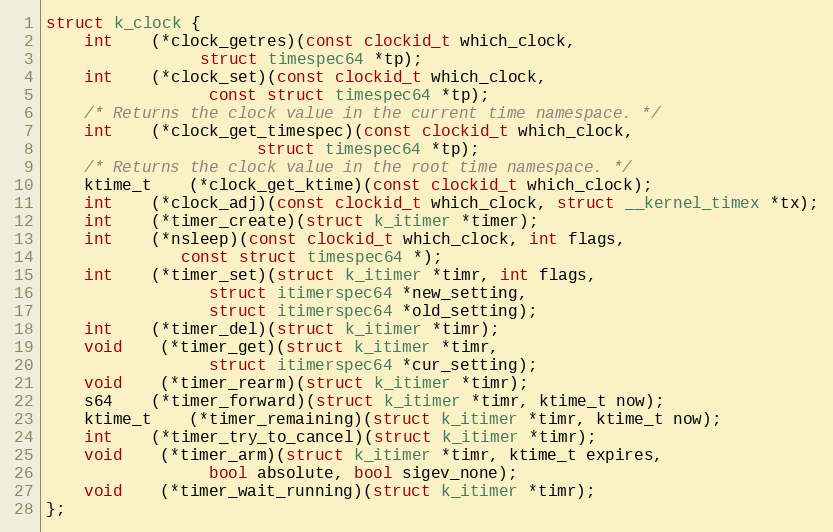
Language: C
struct k_clock {
	int	(*clock_getres)(const clockid_t which_clock,
				struct timespec64 *tp);
	int	(*clock_set)(const clockid_t which_clock,
			     const struct timespec64 *tp);
	/* Returns the clock value in the current time namespace. */
	int	(*clock_get_timespec)(const clockid_t which_clock,
				      struct timespec64 *tp);
	/* Returns the clock value in the root time namespace. */
	ktime_t	(*clock_get_ktime)(const clockid_t which_clock);
	int	(*clock_adj)(const clockid_t which_clock, struct __kernel_timex *tx);
	int	(*timer_create)(struct k_itimer *timer);
	int	(*nsleep)(const clockid_t which_clock, int flags,
			  const struct timespec64 *);
	int	(*timer_set)(struct k_itimer *timr, int flags,
			     struct itimerspec64 *new_setting,
			     struct itimerspec64 *old_setting);
	int	(*timer_del)(struct k_itimer *timr);
	void	(*timer_get)(struct k_itimer *timr,
			     struct itimerspec64 *cur_setting);
	void	(*timer_rearm)(struct k_itimer *timr);
	s64	(*timer_forward)(struct k_itimer *timr, ktime_t now);
	ktime_t	(*timer_remaining)(struct k_itimer *timr, ktime_t now);
	int	(*timer_try_to_cancel)(struct k_itimer *timr);
	void	(*timer_arm)(struct k_itimer *timr, ktime_t expires,
			     bool absolute, bool sigev_none);
	void	(*timer_wait_running)(struct k_itimer *timr);
};